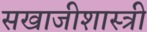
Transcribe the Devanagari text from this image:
सखाजीशास्त्री